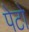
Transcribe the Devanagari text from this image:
पेटो